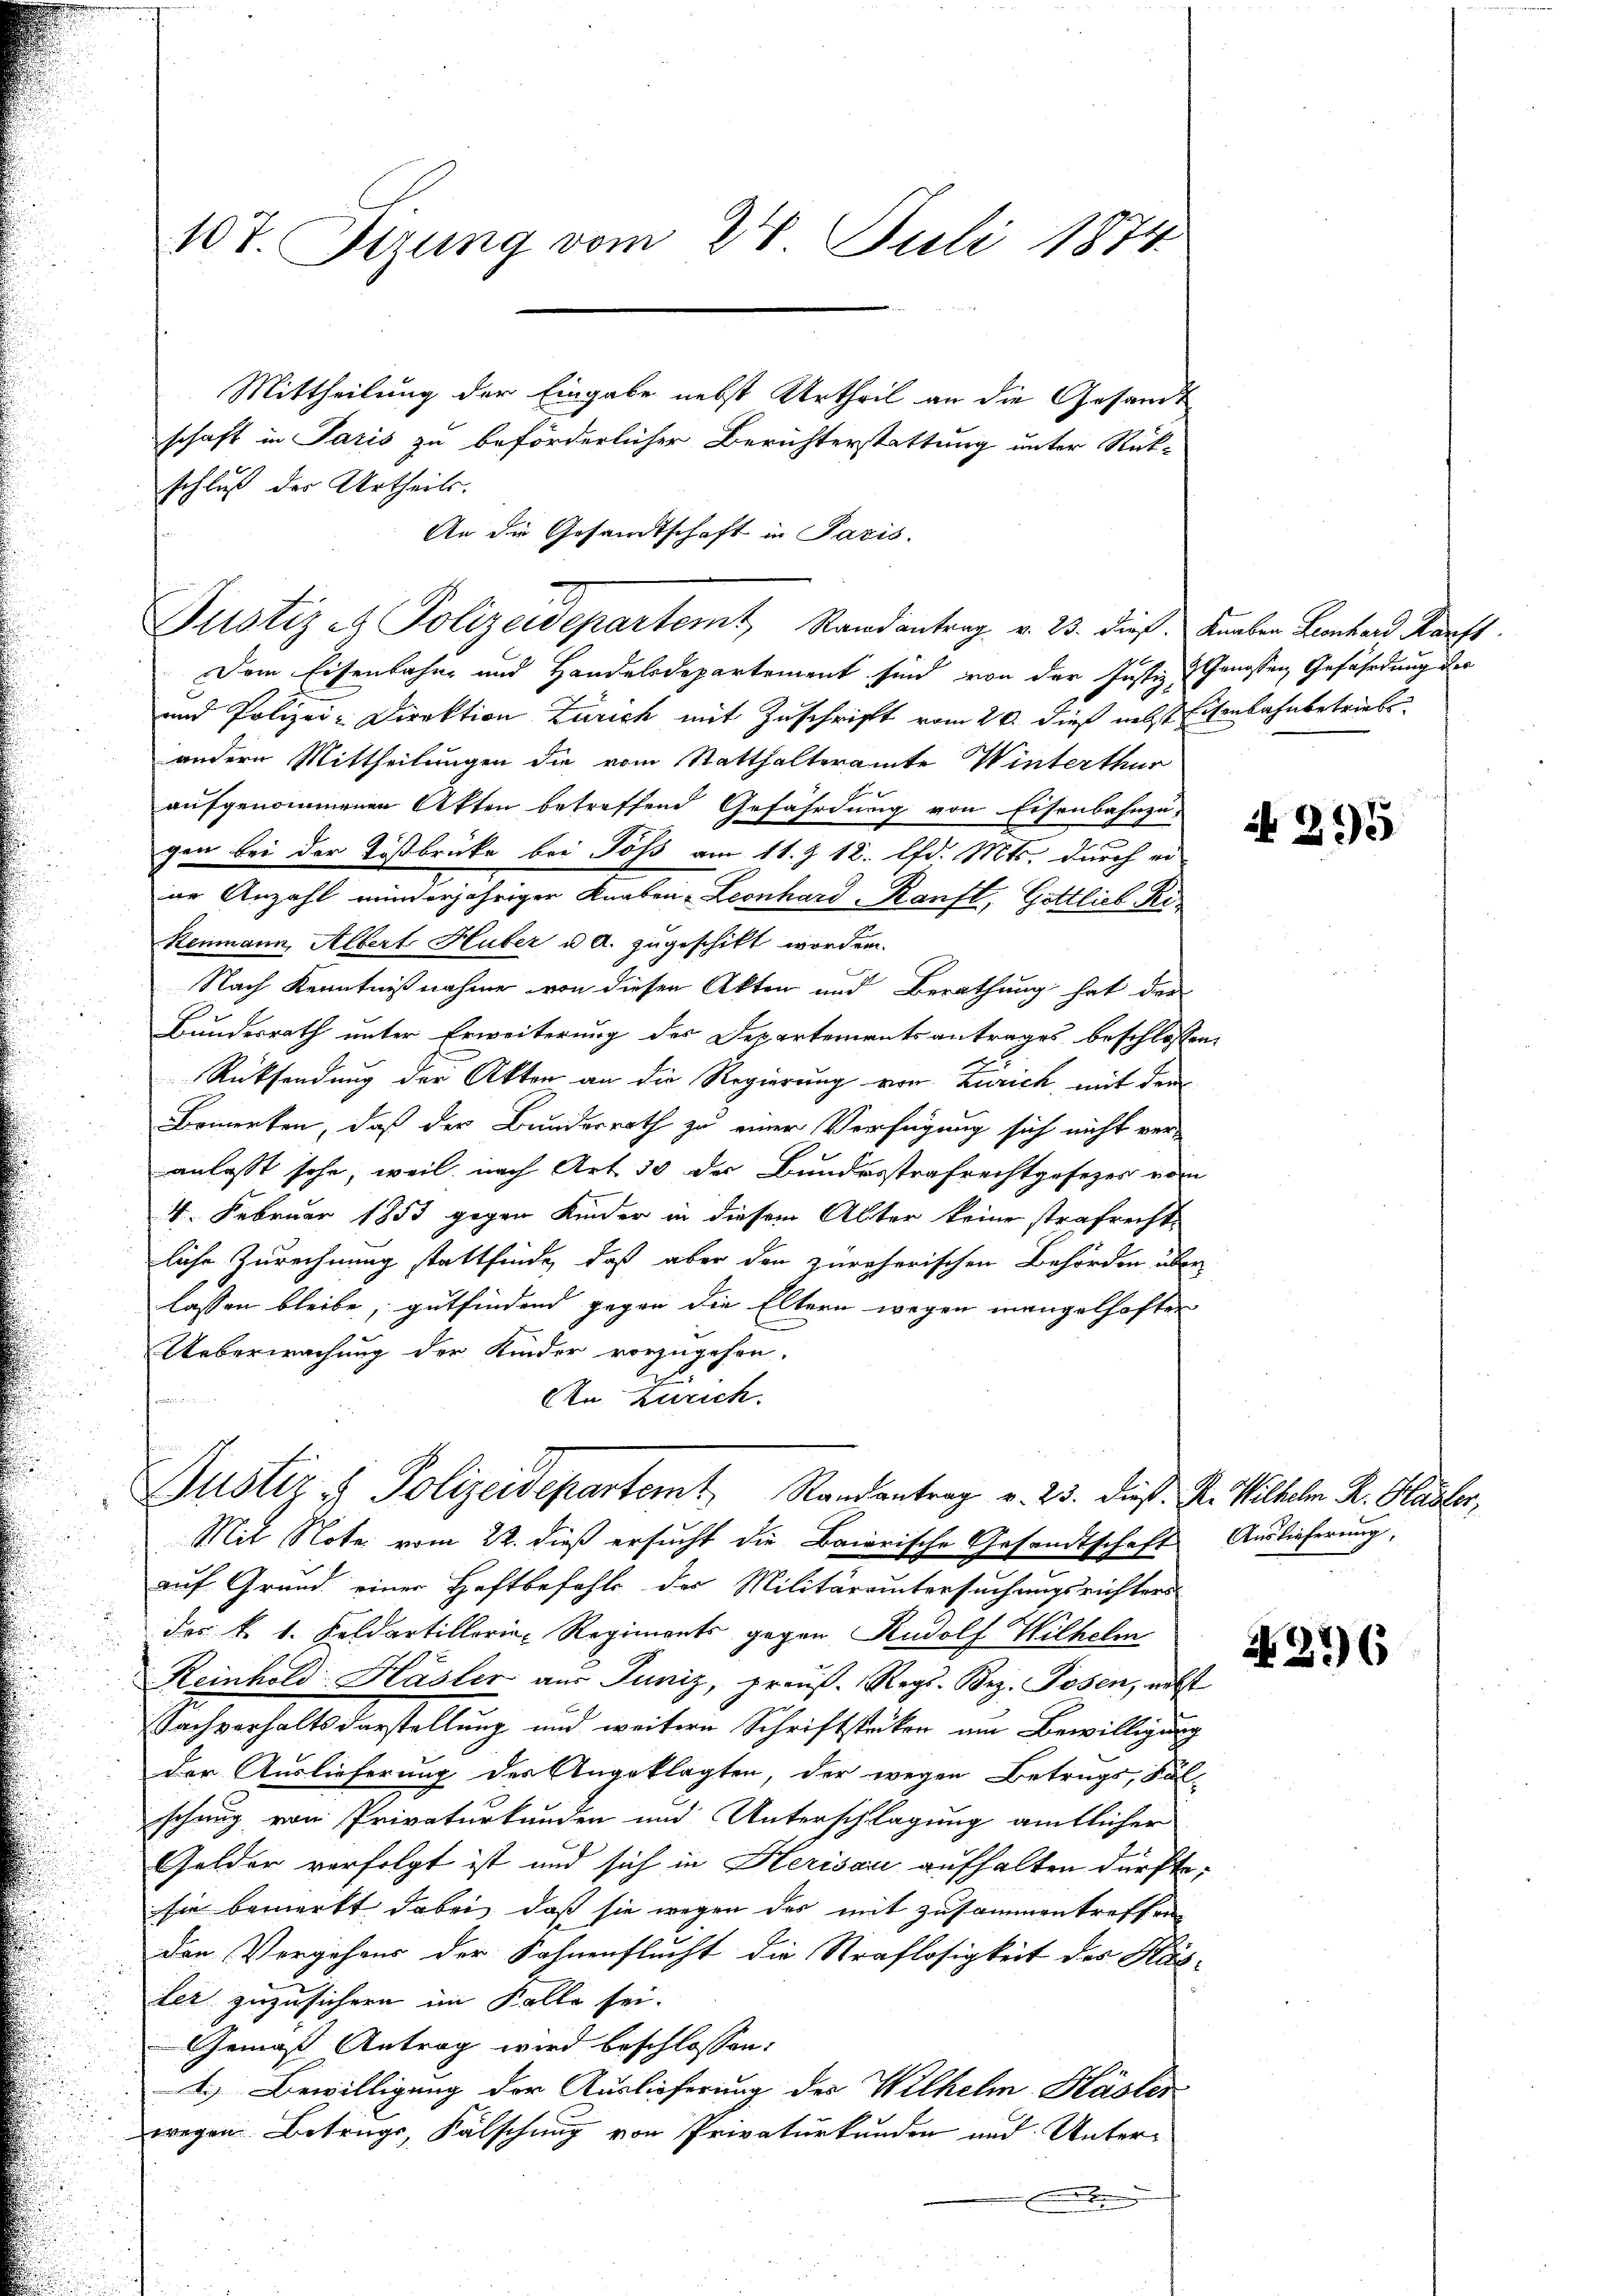
Mittheilung der Eingabe nebst Urtheil an die Gesandt
schaft in Paris zu beförderlicher Berichterstattung unter Rükschluß der Urtheils.
An die Gesandtschaft in Paris.
Justiz & Polizeidepartemt, Stand antrag v. 23. dieß. Knaben Lantend Kauft
Dem Eisenbahn und Handelsdepartement sind von der Justiz- & Genossen Gefährdung der
und Polizei-Direktion Zürich mit Zuschrift vom 20. dieß nebst Eisenbahnbetrieb
andern Mittheilungen die vom Statthalteramte Winterthur
aufgenommenen Akten betreffend Gefährdung von Eisenbahnzu-
gen bei der Tößbrücke bei Poss am 11. § 12. lfd. Mts. durch er
ie Anzahl minderjähriger Knaben Leonhard auft, Gottlieb Ri¬
Renmann, Albert Huber u. a. zugeschikt worden.
Nach Kenntnißnahme von diesen Akten und Berathung hat der
Bundesrath unter Erweiterung des Departementsantrages beschlossen
Rücksendung der Akten an die Regierung von Zürich, mit dem
Bemerken, daß der Bundesrath zu einer Verfügung sich nicht ver-
anlasst sehe, weil nach Art 30 der Bundesstrafrechtgesezes vom
4. Februar 1853 gegen Kinder in diesem Alter keine strafrecht
liche Zurechnung stattfinde, daß aber den zurecherischen Behörden über
lassen bleibe, gutfindend gegen die Eltern wegen mangelhaften
Ueberwachung der Kinder vorzugehen.
An Zürich
Justiz & Polizeidepartem Randantrag v. 25. dieß. In Wilhelm R. Hasler,
Mit Note vom 22. dieß ersucht die Baierische Gesandtschaft
auf Grund einer Haftbefahls der Militäraintersuchungsrichters
des k. k. Feldartilloria Regiments gegen Rudolf Wilhelm
Reinhold Hasler aus Juniz, praŭs. Reg. Bez. Posen, nebst
Sachverhaltsdarstellung und weitere Schriftstriken am Bewilligung
der Auslieferung der Angeklagten, der wegen Betrugs, Sal-
schung von Privaturkunden und Unterschlagung amtlicher
Gelder verfolgt ist und sich in Herisau aufhalten dürfte;
sie bemerkt dabei, daß sie wegen des mit zusammentreffen
den Vorgehens der Sohnenflucht die Straflosigkeit des Käsler zuzusichern im Falle sei.
Gemäß Antrag wird beschlossen:
2.) Bewilligung der Auslieferung des Wilhelm Käster
wegen Betrugs, Fälschung von Privaturkunden und Unter¬

107. Sirung vom 28. Juli 1874

N 295

Auslieferung,

276